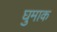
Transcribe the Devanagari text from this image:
घुमाक